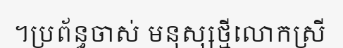
។ប្រព័ន្ធចាស់ មនុស្សថ្មីលោកស្រី